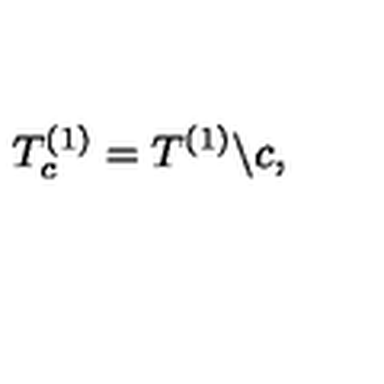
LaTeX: T _ { c } ^ { ( 1 ) } = T ^ { ( 1 ) } \backslash c ,